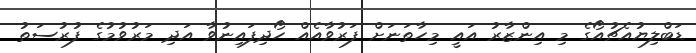
ޑަބްލިޔުއެޗުއޯގެ މި އިންޒާރު އައީ މިހާތަނަށް ފަރުވާއެއް ހޯދިފައިނުވާ އަދި މަރުވުމުގެ ފުރުސަތު